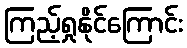
ကြည့်ရှုနိုင်ကြောင်း